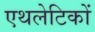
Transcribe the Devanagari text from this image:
एथलेटिकों